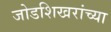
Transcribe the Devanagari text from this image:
जोडशिखरांच्या